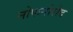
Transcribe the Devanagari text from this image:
नोफगोरोद